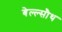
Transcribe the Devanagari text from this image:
बेल्ल्सौथ